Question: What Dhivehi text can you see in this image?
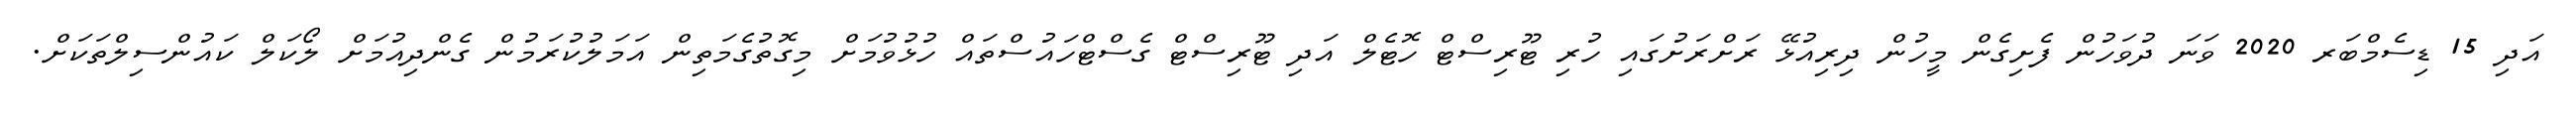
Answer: އަދި 15 ޑިސެމްބަރ 2020 ވަނަ ދުވަހުން ފެށިގެން މީހުން ދިރިއުޅޭ ރަށްރަށުގައި ހުރި ޓޫރިސްޓް ހޮޓެލް އަދި ޓޫރިސްޓް ގެސްޓްހައުސްތައް ހުޅުވުމަށް މިގޮތުގެމަތިން އަމަލުކުރަމުން ގެންދިއުމަށް ލޯކަލް ކައުންސިލްތަކަށް.